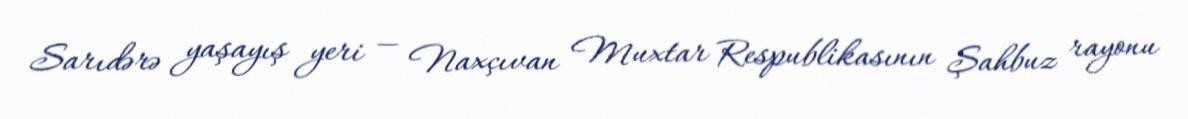
Sarıdərə yaşayış yeri — Naxçıvan Muxtar Respublikasının Şahbuz rayonu